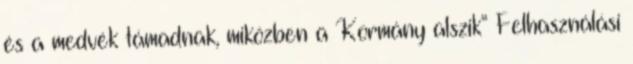
és a medvék támadnak, miközben a Kormány alszik” Felhasználási